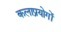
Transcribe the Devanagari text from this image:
कलाप्रयोगों